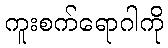
ကူးစက်ရောဂါကို